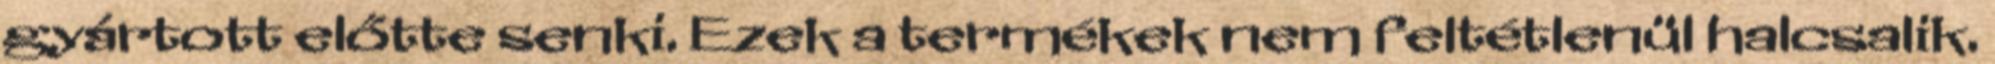
gyártott előtte senki. Ezek a termékek nem feltétlenül halcsalik.